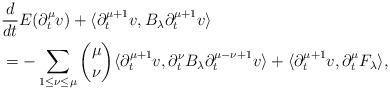
LaTeX: \begin{align*} &\frac{d}{dt} E(\partial_t^\mu v) + \langle \partial_t^{\mu+1} v, B_\lambda \partial_t^{\mu+1} v \rangle \\ &= - \sum_{1 \leq \nu \leq \mu} \binom{\mu}{\nu} \langle \partial_t^{\mu+1} v, \partial_t^\nu B_\lambda \partial_t^{\mu-\nu +1} v \rangle + \langle \partial_t^{\mu+1} v, \partial_t^\mu F_\lambda \rangle ,\end{align*}